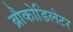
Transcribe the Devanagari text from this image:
ब्रौकोडिलेटर